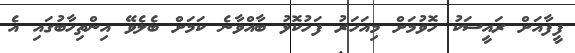
ފީފާއަށް ރައީސަކު ހޮވުމަށް މިއަހަރު ފަހުކޮޅު ބާއްވާނެ ކަމަށް ބެލެވޭ އިންތިހާބުގައި އެ